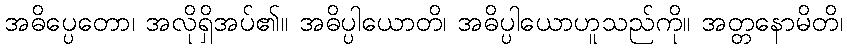
အဓိပ္ပေတော၊ အလိုရှိအပ်၏။ အဓိပ္ပါယောတိ၊ အဓိပ္ပါယောဟူသည်ကို။ အတ္တနောမိတိ၊